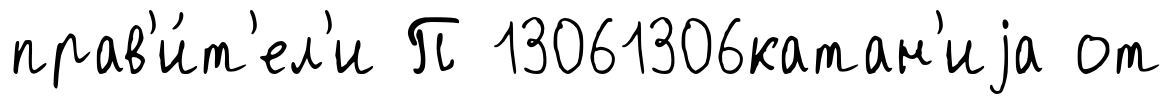
прав'и́т'ел'и П 13061306катан'иjа от